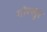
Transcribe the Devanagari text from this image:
गोरखुर